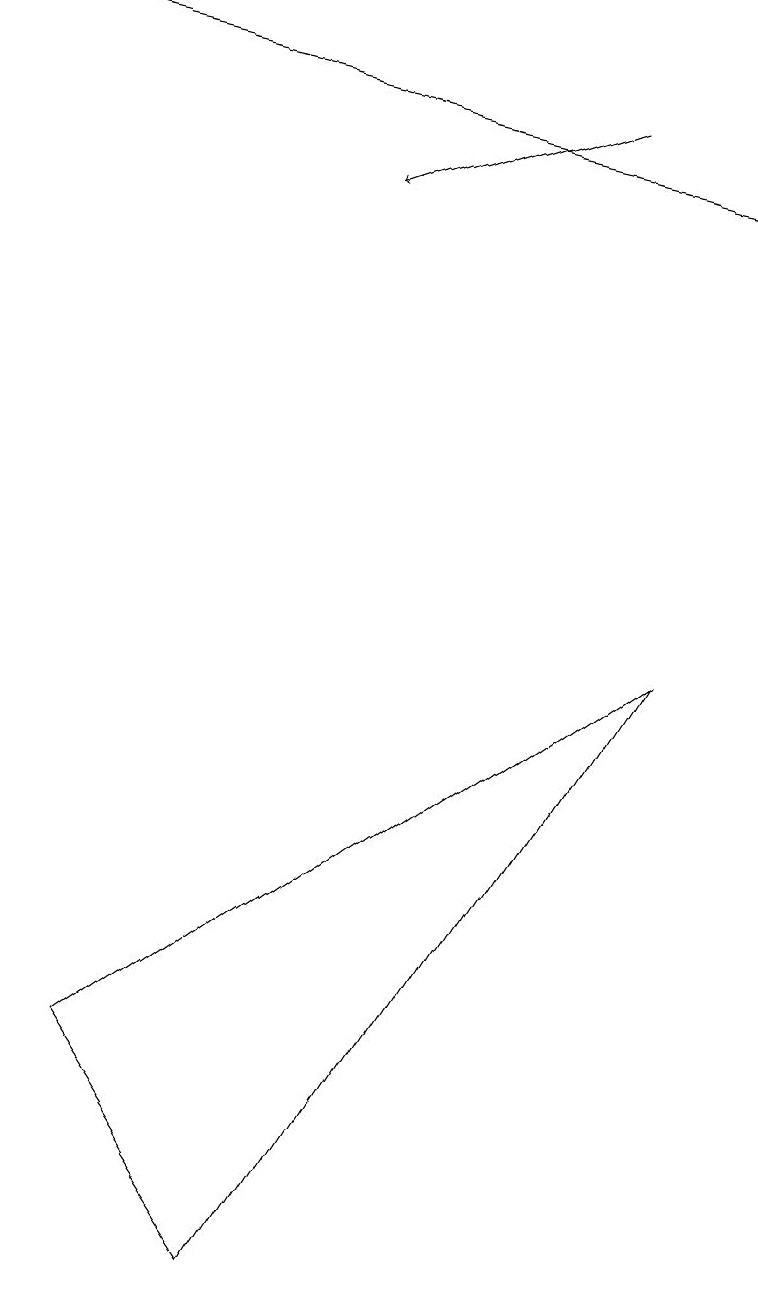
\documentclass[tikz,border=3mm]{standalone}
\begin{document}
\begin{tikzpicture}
\draw[->] (9,14) -- (0,16);
\draw (1,3) -- (8,8) -- (3,0) -- cycle;
\draw[->] (7,15) -- (4,14);
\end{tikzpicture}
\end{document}